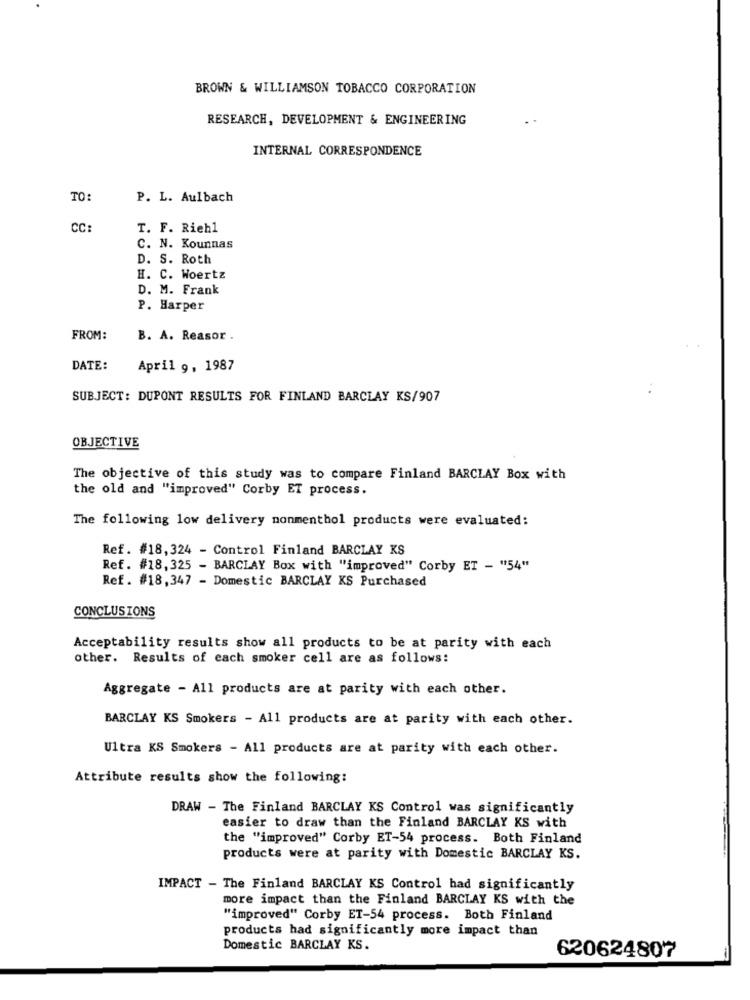
BROWN & WILLIAMSON TOBACCO CORPORATION
RESEARCH, DEVELOPMENT & ENGINEERING
INTERNAL CORRESPONDENCE
TO:
P. L. Aulbach
CC:
T. F. Riehl
C. N. Kounnas
D. S. Roth
H. C. Woertz
D. M. Frank
P. Harper
FROM:
B. A. Reasor
DATE:
April 9, 1987
SUBJECT: DUPONT RESULTS FOR FINLAND BARCLAY KS/907
OBJECTIVE
The objective of this study was to compare Finland BARCLAY Box with
the old and "improved" Corby ET process.
The following low delivery nonmenthol products were evaluated:
Ref. #18,324 - Control Finland BARCLAY KS
Ref. #18,325 - BARCLAY Box with "improved" Corby ET - "54"
Ref. #18,347 - Domestic BARCLAY KS Purchased
CONCLUSIONS
Acceptability results show all products to be at parity with each
other. Results of each smoker cell are as follows:
Aggregate - All products are at parity with each other.
BARCLAY KS Smokers - All products are at parity with each other.
Ultra KS Smokers - All products are at parity with each other.
Attribute results show the following:
DRAW - The Finland BARCLAY KS Control was significantly
easier to draw than the Finland BARCLAY KS with
the "improved" Corby ET-54 process. Both Finland
products were at parity with Domestic BARCLAY KS.
IMPACT - The Finland BARCLAY KS Control had significantly
more impact than the Finland BARCLAY KS with the
"improved" Corby ET-54 process. Both Finland
products had significantly more impact than
Domestic BARCLAY KS.
620624807